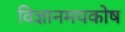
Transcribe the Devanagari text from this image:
विज्ञानमयकोष